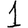
Digit: 1